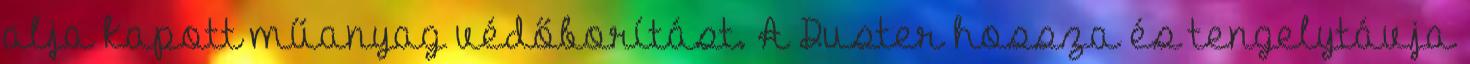
alja kapott műanyag védőborítást. A Duster hossza és tengelytávja